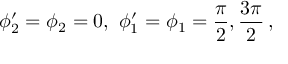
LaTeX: \phi _ { 2 } ^ { \prime } = \phi _ { 2 } = 0 , \ \phi _ { 1 } ^ { \prime } = \phi _ { 1 } = { \frac { \pi } { 2 } } , { \frac { 3 \pi } { 2 } } \, ,